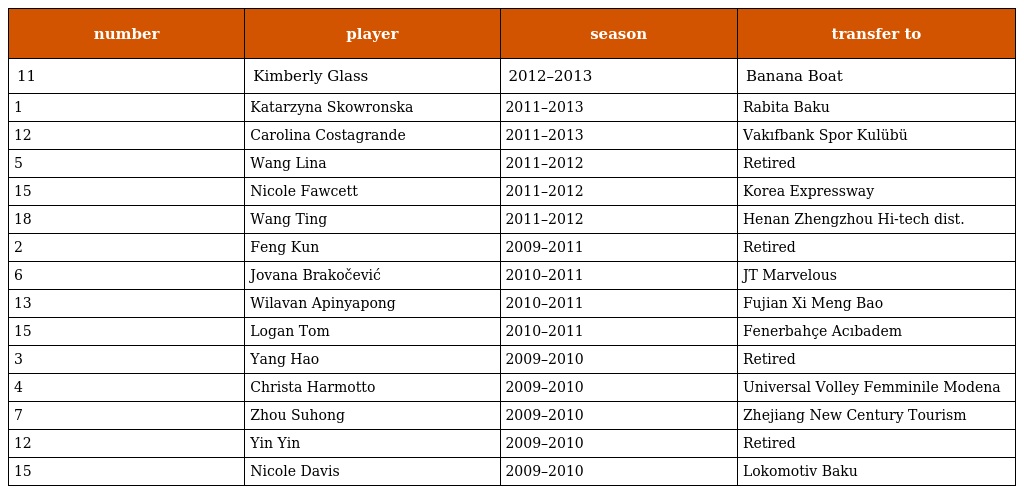
| number | player | season | transfer to |
 | --- | --- | --- | --- |
 | 11 | Kimberly Glass | 2012–2013 | Banana Boat |
 | 1 | Katarzyna Skowronska | 2011–2013 | Rabita Baku |
 | 12 | Carolina Costagrande | 2011–2013 | Vakıfbank Spor Kulübü |
 | 5 | Wang Lina | 2011–2012 | Retired |
 | 15 | Nicole Fawcett | 2011–2012 | Korea Expressway |
 | 18 | Wang Ting | 2011–2012 | Henan Zhengzhou Hi-tech dist. |
 | 2 | Feng Kun | 2009–2011 | Retired |
 | 6 | Jovana Brakočević | 2010–2011 | JT Marvelous |
 | 13 | Wilavan Apinyapong | 2010–2011 | Fujian Xi Meng Bao |
 | 15 | Logan Tom | 2010–2011 | Fenerbahçe Acıbadem |
 | 3 | Yang Hao | 2009–2010 | Retired |
 | 4 | Christa Harmotto | 2009–2010 | Universal Volley Femminile Modena |
 | 7 | Zhou Suhong | 2009–2010 | Zhejiang New Century Tourism |
 | 12 | Yin Yin | 2009–2010 | Retired |
 | 15 | Nicole Davis | 2009–2010 | Lokomotiv Baku |